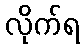
လိုက်ရ